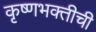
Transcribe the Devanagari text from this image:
कृष्णभक्तीची